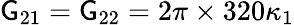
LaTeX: \mathsf{G}_{21}=\mathsf{G}_{22}=2\pi\times320\kappa_{1}